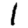
Digit: 1